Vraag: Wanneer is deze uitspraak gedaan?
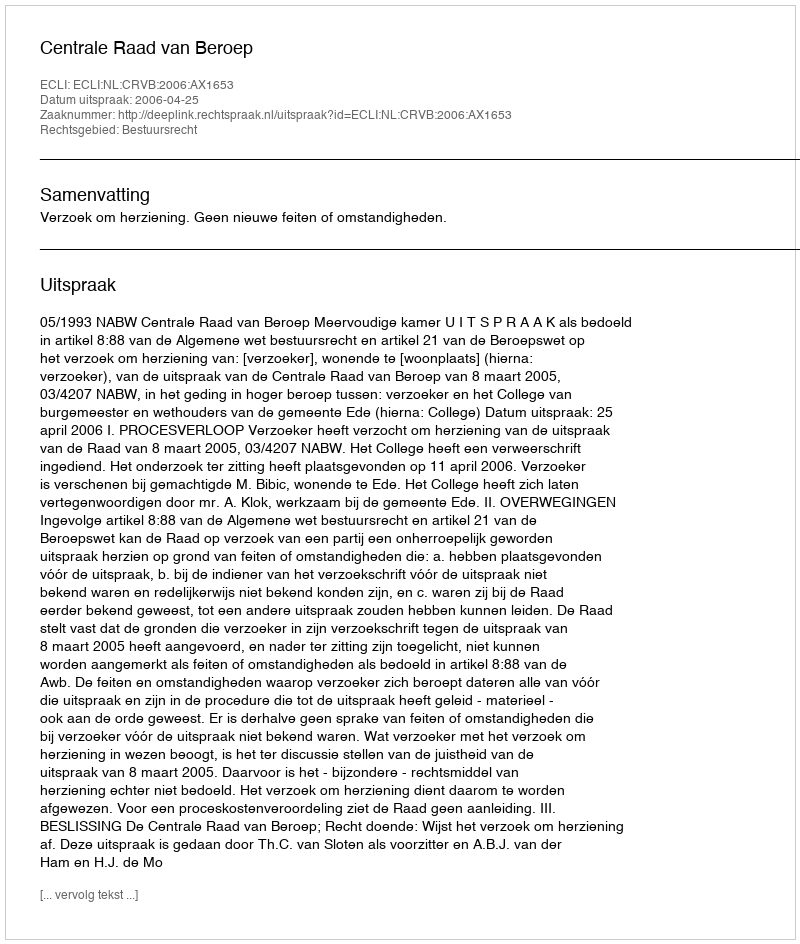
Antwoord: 2006-04-25